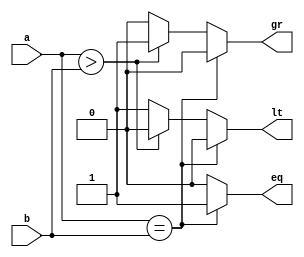
module four_bit_mag_comp_beh (eq, gr, lt, a, b) ;
	input [3:0] a, b ;
	output eq, gr, lt ;
	reg eq, gr, lt ;
	
	always @(a or b)
		begin
		eq = 1'b0 ;
		gr = 1'b0 ;
		lt = 1'b0 ;
		
		
		if (a == b)
			eq = 1'b1 ;
		else if (a > b)
			gr = 1'b1 ;
		else
			lt = 1'b1 ;
		end

endmodule 

module testbench ;
	reg [3:0] a, b ;
	wire eq, gr, lt ;
	
	four_bit_mag_comp_beh fbmc (eq, gr, lt, a, b) ;
	
	initial
		begin
		$monitor ("#" , $time, " a = %b | b = %b | eq = %b | gr = %b | lt = %b " , a, b, eq, gr, lt) ;
		#0 a = 4'b1000 ; b = 4'b1000 ;
		#1 a = 4'b1001 ; b = 4'b0001 ;
		#1 a = 4'b0011 ; b = 4'b1110 ;
		#1 a = 4'b0000 ; b = 4'b0000 ;
		$finish ;
		end
endmodule